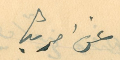
عن امريكا